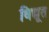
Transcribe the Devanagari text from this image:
विद्यूत